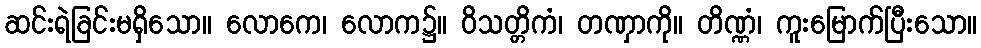
ဆင်းရဲခြင်းမရှိသော။ လောကေ၊ လောက၌။ ဝိသတ္တိကံ၊ တဏှာကို။ တိဏ္ဏံ၊ ကူးမြောက်ပြီးသော။